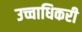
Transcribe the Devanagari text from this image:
उच्चाधिकरी